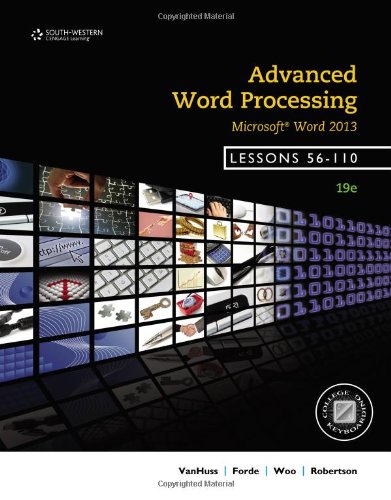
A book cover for Advanced Word Processing, Lessons 56-110: Microsoft Word; Susie H. VanHuss; Business & Money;